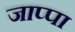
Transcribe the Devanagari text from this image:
जाप्पा